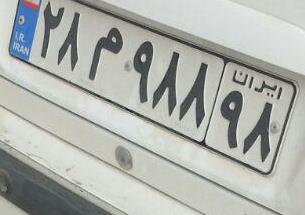
۲۸م۹۸۸۹۸